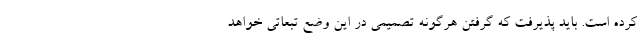
کرده است. باید پذیرفت که گرفتن هرگونه تصمیمی در این وضع تبعاتی خواهد